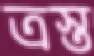
ত্রস্ত